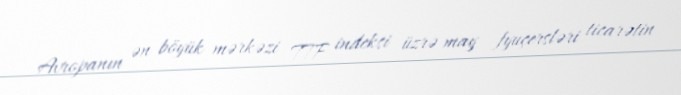
Avropanın ən böyük mərkəzi TTF indeksi üzrə may fyuçersləri ticarətin